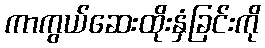
ကာကွယ်ဆေးထိုးနှံခြင်းကို